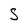
Character: S